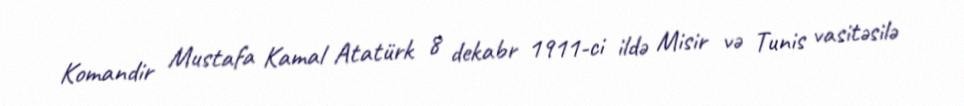
Komandir Mustafa Kamal Atatürk 8 dekabr 1911-ci ildə Misir və Tunis vasitəsilə